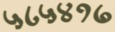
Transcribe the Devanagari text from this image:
५८५४१७